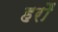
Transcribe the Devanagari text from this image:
हरौं